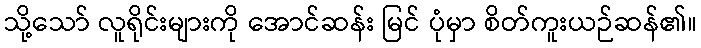
သို့သော် လူရိုင်းများကို အောင်ဆန်း မြင် ပုံမှာ စိတ်ကူးယဉ်ဆန်၏။